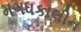
મગધકાલીન